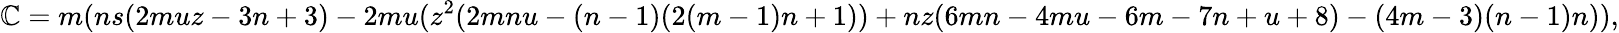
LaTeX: \mathbb{C}=m(ns(2muz-3n+3)-2mu(z^{2}(2mnu-(n-1)(2(m-1)n+1))+nz(6mn-4mu-6m-7n+u+8)-(4m-3)(n-1)n)),